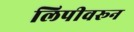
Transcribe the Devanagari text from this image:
लिपीवरून